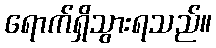
ရောက်ရှိသွားရသည်။